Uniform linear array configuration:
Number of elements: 16
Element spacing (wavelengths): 0.25
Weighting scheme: exponential
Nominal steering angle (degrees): -60
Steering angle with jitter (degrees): -60.729
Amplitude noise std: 0.05
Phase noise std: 0.05

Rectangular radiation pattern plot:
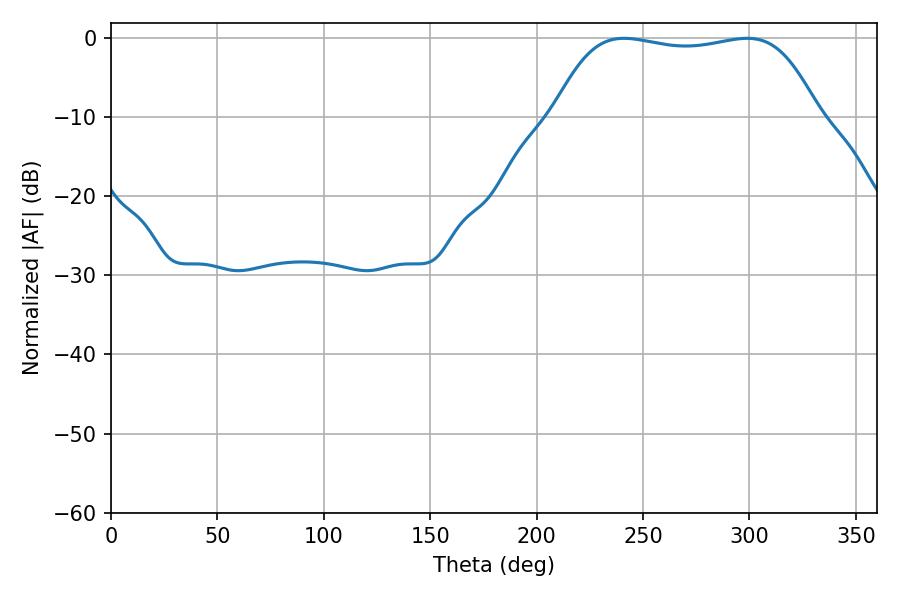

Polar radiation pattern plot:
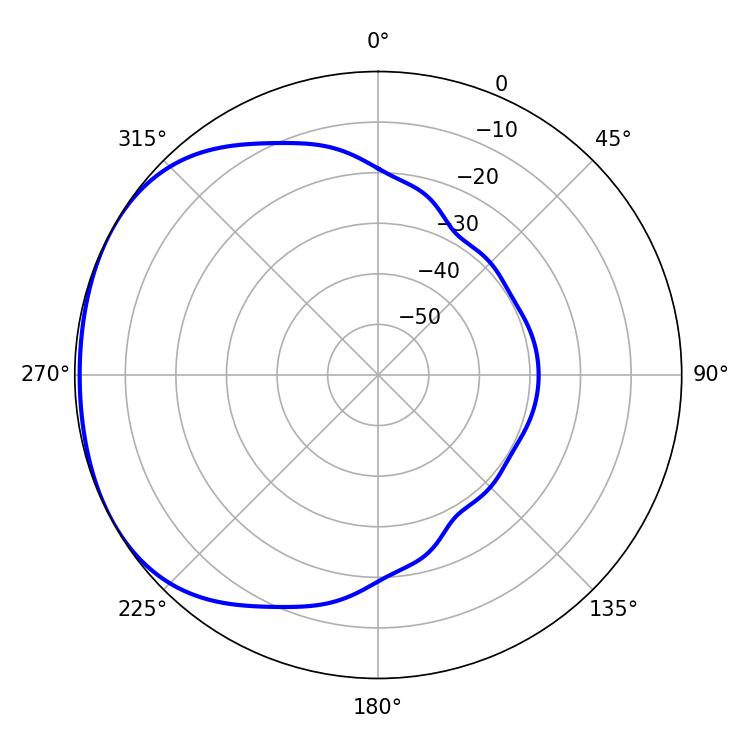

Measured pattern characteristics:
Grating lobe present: FALSE
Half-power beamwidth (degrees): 98.28
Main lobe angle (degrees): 241.02